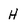
Character: H